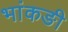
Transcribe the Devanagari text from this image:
भांकङी